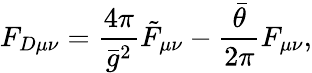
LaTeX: F_{D\mu\nu}=\frac{4\pi}{\bar{g}^{2}}\tilde{F}_{\mu\nu}-\frac{\bar{\theta}}{2\pi}F_{\mu\nu},